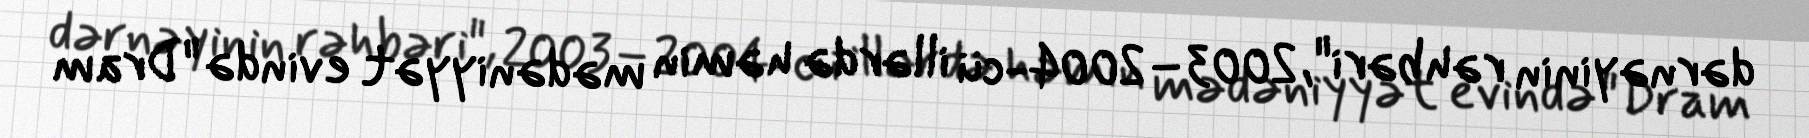
dərnəyinin rəhbəri", 2003–2004-cü illərdə həmin mədəniyyət evində "Dram